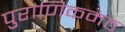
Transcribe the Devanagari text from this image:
पुराणिकमठ